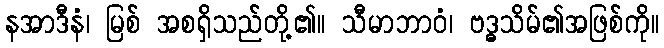
နအာဒီနံ၊ မြစ် အစရှိသည်တို့၏။ သီမာဘာဝံ၊ ဗဒ္ဓသိမ်၏အဖြစ်ကို။